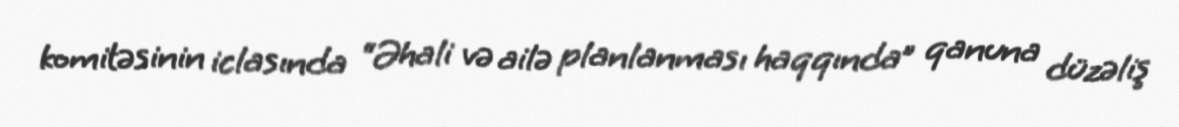
komitəsinin iclasında “Əhali və ailə planlanması haqqında” qanuna düzəliş